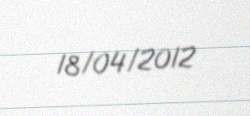
18/04/2012